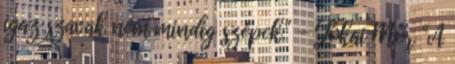
igaz szavak nem mindig szépek." - Jókai Mór "A